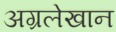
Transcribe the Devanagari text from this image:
अग्रलेखान